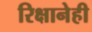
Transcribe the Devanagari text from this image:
रिक्षानेही